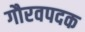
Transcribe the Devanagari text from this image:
गौरवपदक